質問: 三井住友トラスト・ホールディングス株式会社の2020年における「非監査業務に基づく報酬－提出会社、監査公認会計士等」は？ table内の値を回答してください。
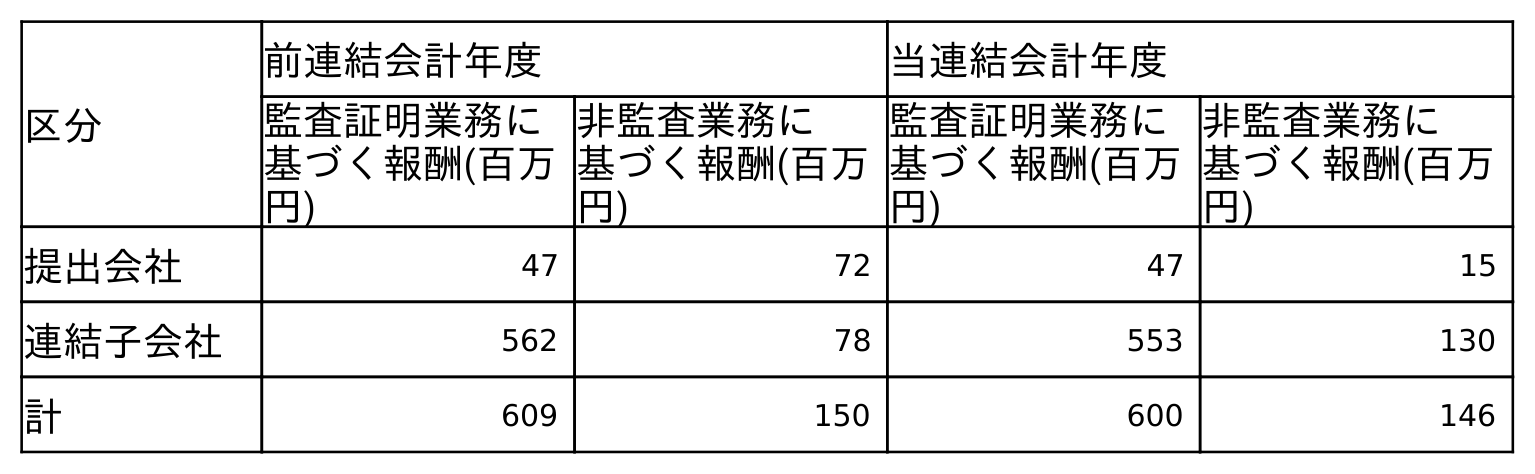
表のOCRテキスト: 区分 前連結会計年度 当連結会計年度 監査証明業務に 基づく報酬(百万 円) 非監査業務に 基づく報酬(百万 円) 監査証明業務に 基づく報酬(百万 円) 非監査業務に 基づく報酬(百万 円) 提出会社 47 72 47 15 連結子会社 562 78 553 130 計 609 150 600 146
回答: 15